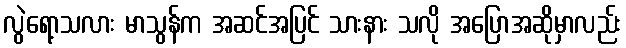
လွဲရော့သလား မာသွန်က အဆင်အပြင် သားနား သလို အပြောအဆိုမှာလည်း